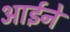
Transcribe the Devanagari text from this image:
आर्इने